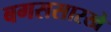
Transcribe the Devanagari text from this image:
बगससारखे